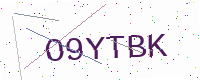
Text: O9YTBK